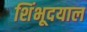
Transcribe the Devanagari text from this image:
शिंभूदयाल